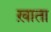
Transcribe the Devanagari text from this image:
ख़ाता